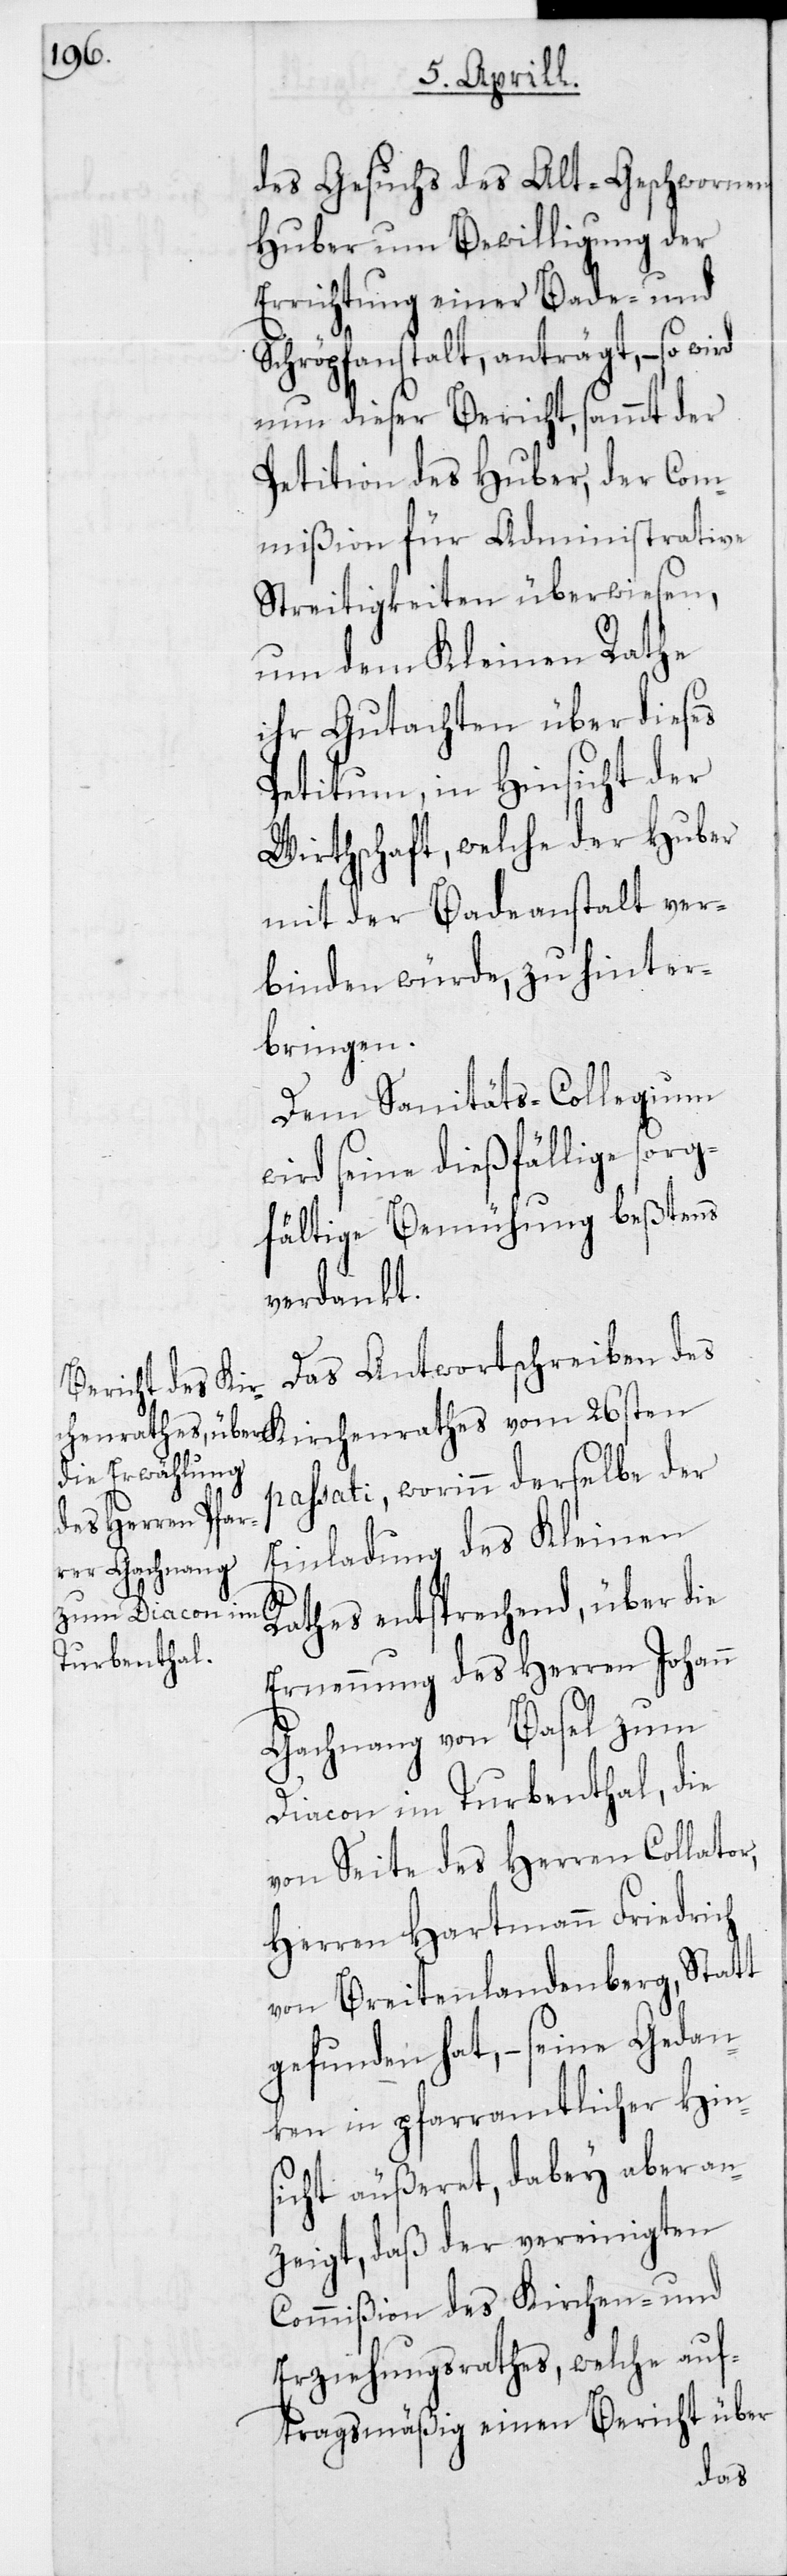
des Gesuchs des Alt-Geschwornen
Huber um Bewilligung der
Errichtung einer Bade- und
Schröpfanstalt, anträgt, – so wird
nun dieser Bericht, sammt der
Petition des Huber, der Com¬
mißion für Administrative
Streitigkeiten überwiesen,
und dem kleinen Rathe
ihr Gutachten über dieses
Petitum, in Hinsicht der
Wirthschaft, welche der Huber
mit der Badeanstalt ver¬
binden würde, zu hinter¬
bringen.
Dem Sanitäts-Collegium
wird seine dießfällige sorg¬
fältige Bemühung beßtens
verdankt.
Das Antwortschreiben des
passati, worinn derselbe der
Einladung des Kleinen
Rathes entsprechend, über die
Ernennung des Herren Johann
Gachnang von Basel zum
Diacon im Turbenthal, die
von Seite des Herren Collator,
Herren Hartmann Friedrich
von Breitenlandenberg, Statt
gefunden hat, – seine Gedan¬
ken in pfarramtlicher Hin¬
sicht äußeret, dabey aber an¬
zeigt, daß der vereinigten
Commißion des Kirchen- und
Erziehungsrathes, welche auf¬
tragsmäßig einen Bericht über